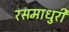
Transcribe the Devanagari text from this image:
रसमाधुरी